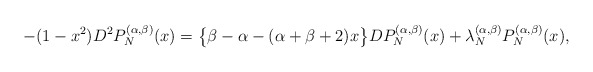
\begin{align*}-(1-x^2)D^2 P^{(\alpha,\beta)}_{N}(x)=\big\{\beta-\alpha-(\alpha+\beta+2)x\big\}DP^{(\alpha,\beta)}_{N}(x)+\lambda^{(\alpha,\beta)}_N P^{(\alpha,\beta)}_{N}(x),\end{align*}